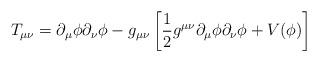
LaTeX: \begin{align*}T_{\mu \nu}=\partial_{\mu} \phi \partial_{\nu} \phi-g_{\mu \nu} \left[{1 \over 2}g^{\mu \nu} \partial_{\mu} \phi \partial_{\nu} \phi+V(\phi)\right]\end{align*}